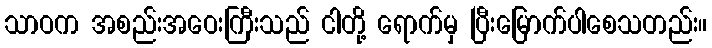
သာဝက အစည်းအဝေးကြီးသည် ငါတို့ ရောက်မှ ပြီးမြောက်ပါစေသတည်း။